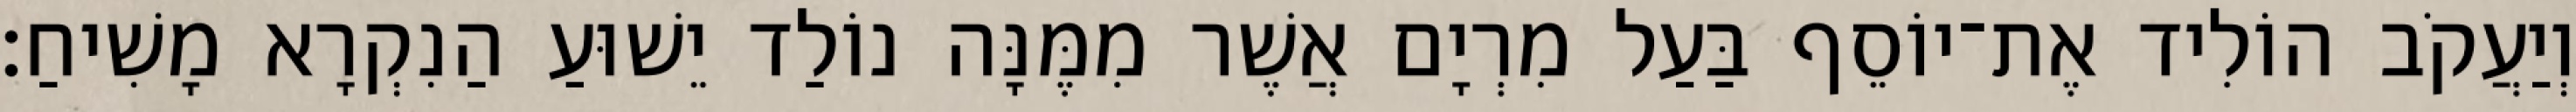
וְיַעֲקֹב הוֹלִיד אֶת־יוֹסֵף בַּעַל מִרְיָם אֲשֶׁר מִמֶּנָּה נוֹלַד יֵשׁוּעַ הַנִקְרָא מָשִׁיחַ׃